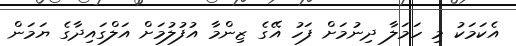
އެކަމަކު މި ހަމަލާ ދިނުމަށް ފަހު އޭގެ ޒިންމާ އުފުލުމަށް އަލްގައިދާގެ ޔަމަން